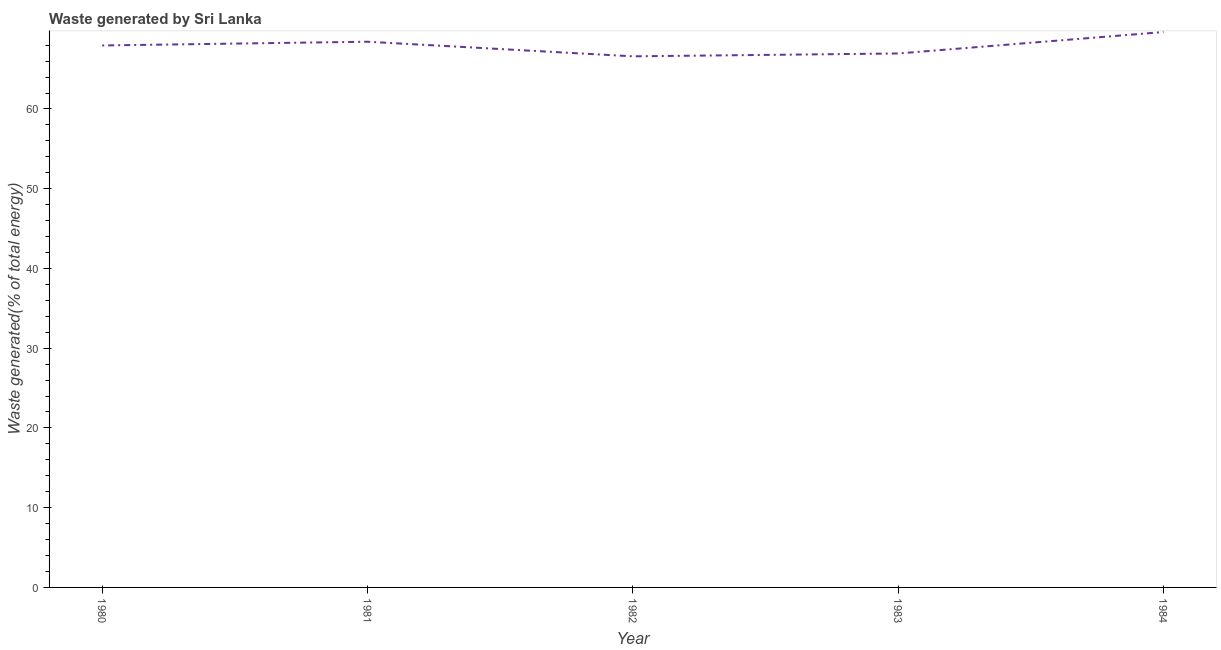
| Year | Combustible renewables and waste (% of total energy) |
 | --- | --- |
 | 1980 | 68 |
 | 1981 | 68.4 |
 | 1982 | 66.6 |
 | 1983 | 67 |
 | 1984 | 69.6 |